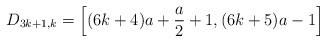
LaTeX: \begin{align*}D_{3k+1,k} & = \left[(6k+4)a + \frac{a}{2} + 1, (6k+5)a - 1 \right]\end{align*}